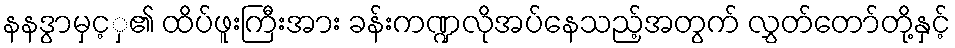
နနဒွာမှင့ှ၏ ထိပ်ဖူးကြီးအား ခန်းကဏ္ဍလိုအပ်နေသည့်အတွက် လွှတ်တော်တို့နှင့်